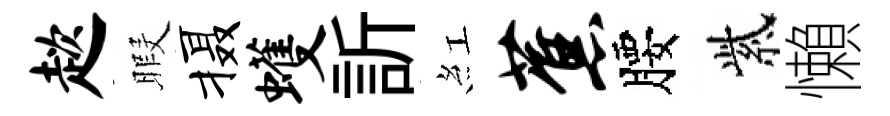
趑暇摄蠖訢紅蕉腰紫懶